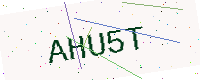
Text: AHU5T